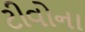
ટીવોના